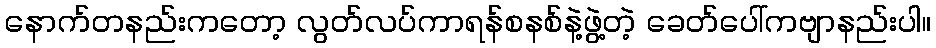
နောက်တနည်းကတော့ လွတ်လပ်ကာရန်စနစ်နဲ့ဖွဲ့တဲ့ ခေတ်ပေါ်ကဗျာနည်းပါ။